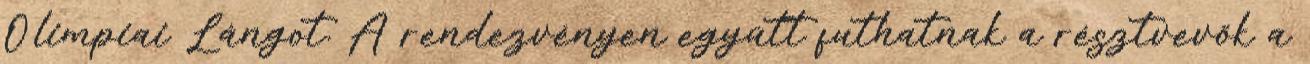
Olimpiai Lángot. A rendezvényen együtt futhatnak a résztvevők a